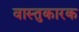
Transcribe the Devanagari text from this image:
वास्तुकारक